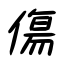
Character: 傷